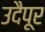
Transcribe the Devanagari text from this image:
उदैपूर